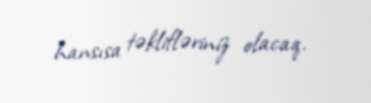
hansısa təklifləriniz olacaq.